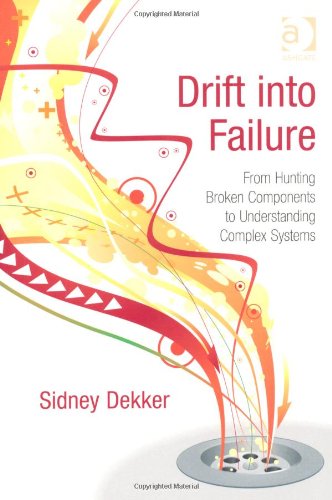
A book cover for Drift into Failure; Sidney Dekker; Medical Books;